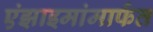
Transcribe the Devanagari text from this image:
एंझाइमांमार्फत